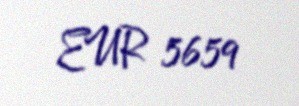
EUR 5659